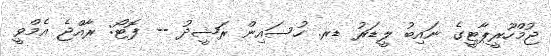
ޖުމްހޫރީޕާޓީގެ ނައިބު ލީޑަރު ޑރ. ހުސައިން ރަޝީދު -- ފޮޓޯ: ރާއްޖެ އެމްވީ